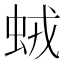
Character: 𧊕